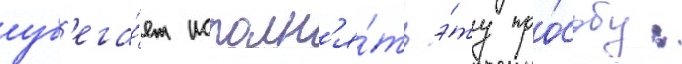
уб'ега́ет исполн'я́ть э́ту про́сьбу: